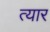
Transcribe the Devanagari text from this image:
त्यार